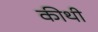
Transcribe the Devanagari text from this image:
कीथी